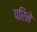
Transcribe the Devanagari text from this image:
परिने